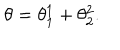
\theta = \theta _ { 1 } ^ { 1 } + \theta _ { 2 } ^ { 2 } .